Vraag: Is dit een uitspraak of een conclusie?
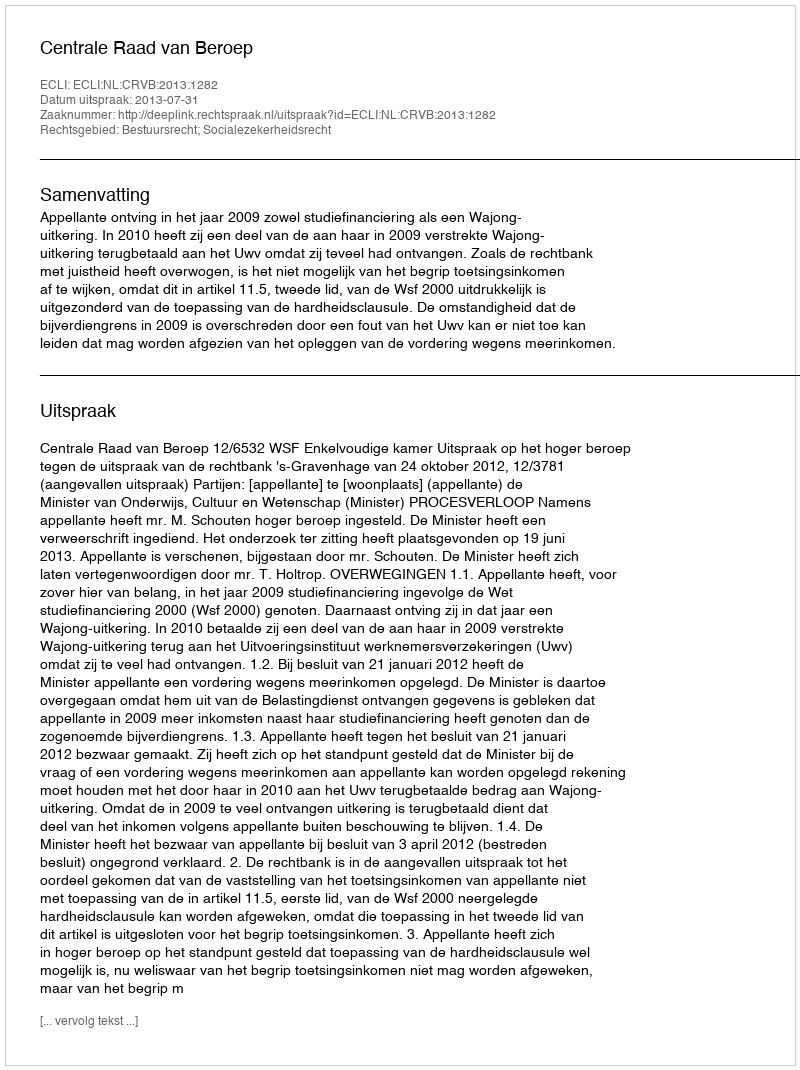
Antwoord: Uitspraak